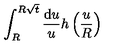
\int _ { R } ^ { R \sqrt { t } } \frac { \mathrm { d } u } { u } h \left( \frac { u } { R } \right)